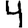
Digit: 4